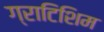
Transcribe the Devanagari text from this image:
ग्राटिशिम